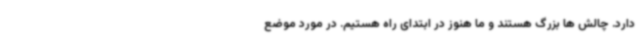
دارد. چالش ها بزرگ هستند و ما هنوز در ابتدای راه هستیم. در مورد موضع